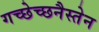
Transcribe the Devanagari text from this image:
गच्छेच्छनैस्तेन